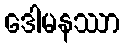
ဒေါမနဿာ